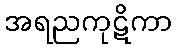
အရညကုဋိကာ